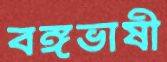
বঙ্গভাষী